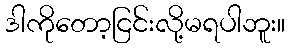
ဒါကိုတော့ငြင်းလို့မရပါဘူး။